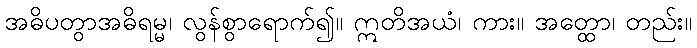
အဓိပတွာအဓိရမ္မ၊ လွန်စွာရောက်၍။ ဣတိအယံ၊ ကား။ အတ္ထော၊ တည်း။